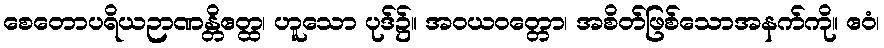
စေတောပရိယဉာဏန္တိဧတ္ထ၊ ဟူသော ပုဒ်၌။ အဝယဝတ္တော၊ အစိတ်ဖြစ်သောအနက်ကို။ ဧဝံ၊